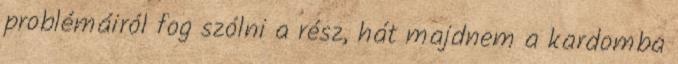
problémáiról fog szólni a rész, hát majdnem a kardomba